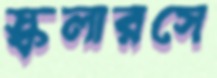
স্কলারসে